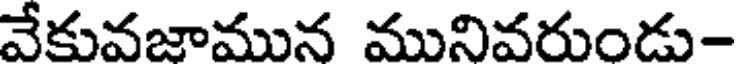
వేకువజామున మునివరుండు-